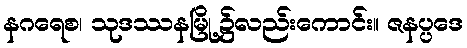
နဂရေစ၊ သုဒဿနမြို့၌လည်းကောင်း။ ဇနပ္ပဒေ